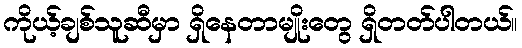
ကိုယ့်ချစ်သူဆီမှာ ရှိနေတာမျိုးတွေ ရှိတတ်ပါတယ်။